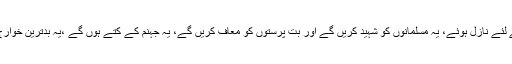
یہ مسلمانوں پر وہ فرامین سنا کر فتوے لگائیں گے جو فرامیں یہود و نصارا کے لئے نازل ہوئے، یہ مسلمانوں کو شہید کریں گے اور بت پرستوں کو معاف کریں گے، یہ جہنم کے کتے ہوں گے ،یہ بدترین خوارج ہوں گے، یہ اس طرح دیں سے نکلیں گے جس ظرح تیر شکار سے نکلتا ہے۔